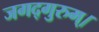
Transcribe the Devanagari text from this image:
जगद्गुरुम्।